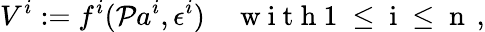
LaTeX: V^{i}:=f^{i}(\mathcal{P}a^{i},\epsilon^{i})\quad\mathrm{{~w~i~t~h~1~\leq~i~\leq~n~}}\, ,